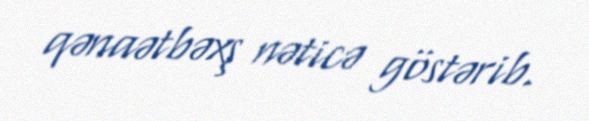
qənaətbəxş nəticə göstərib.